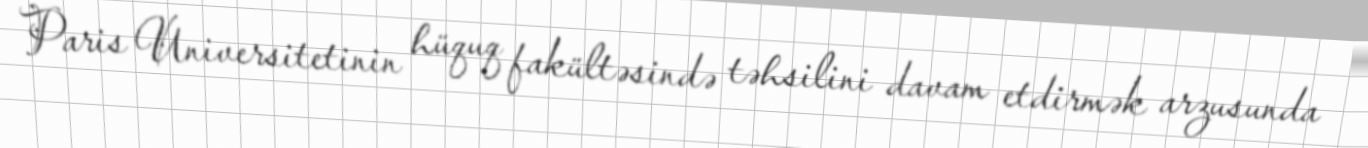
Paris Universitetinin hüquq fakültəsində təhsilini davam etdirmək arzusunda